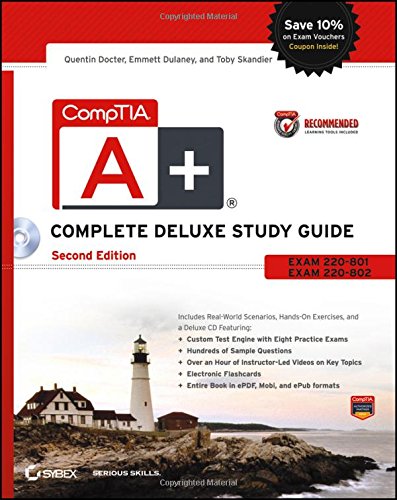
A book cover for CompTIA A+ Complete Deluxe Study Guide Recommended Courseware: Exams 220-801 and 220-802; Quentin Docter; Computers & Technology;